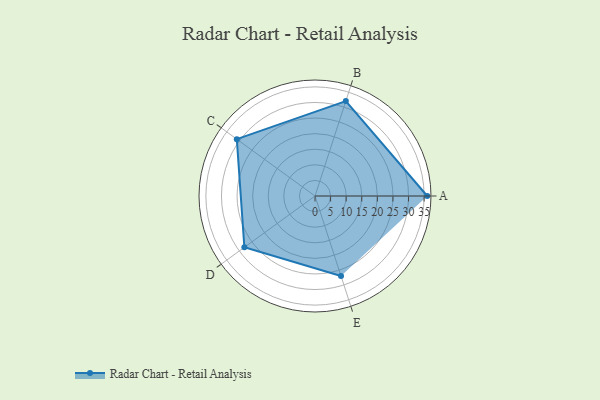
{"axis": {"x": "Skill", "y": "Score"}, "legend": ["Profile"], "data": [{"x": "A", "y": 36.0, "type": "Profile"}, {"x": "B", "y": 32.0, "type": "Profile"}, {"x": "C", "y": 31.0, "type": "Profile"}, {"x": "D", "y": 28.0, "type": "Profile"}, {"x": "E", "y": 27.0, "type": "Profile"}]}